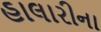
હાલારીના